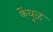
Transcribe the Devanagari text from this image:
केंधूळ